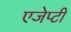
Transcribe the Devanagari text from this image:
एजेप्टी